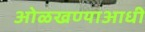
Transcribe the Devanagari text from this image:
ओळखण्याआधी